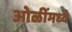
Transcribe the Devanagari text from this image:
ओळींमध्ये